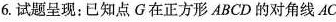
6.试题呈现：已知点G在正方形ABCD的对角线AC